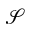
\mathcal { S }